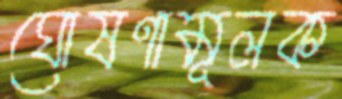
ঘোষণামূলক